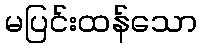
မပြင်းထန်သော